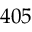
4 0 5